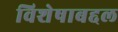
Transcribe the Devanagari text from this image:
विशेषाबद्दल